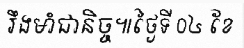
រឹងមាំជានិច្ច៕ថ្ងៃទី ០៤ ខែ